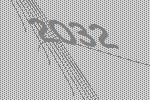
2032